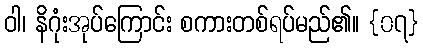
ဝါ၊ နိဂုံးအုပ်ကြောင်း စကားတစ်ရပ်မည်၏။ {၀၇}